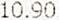
10.90